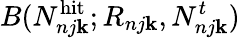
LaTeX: B(N_{nj\mathbf{k}}^{\mathrm{{hit}}};R_{nj\mathbf{k}},N_{nj\mathbf{k}}^{t})